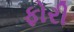
ફોરી